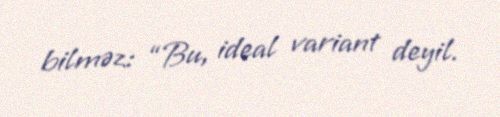
bilməz: “Bu, ideal variant deyil.